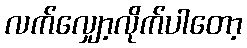
လက်လျှော့လိုက်ပါတော့